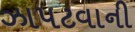
ઝાપટવાની